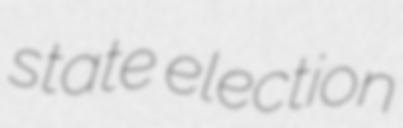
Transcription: state election